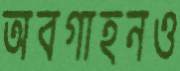
অবগাহনও